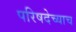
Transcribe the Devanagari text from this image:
परिषदेच्याच